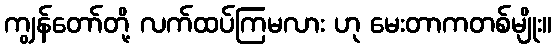
ကျွန်တော်တို့ လက်ထပ်ကြမလား ဟု မေးတာကတစ်မျိုး။